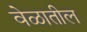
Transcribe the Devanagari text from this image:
वेळातील